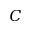
C